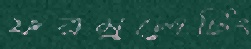
ফরমুলেটিং